Annual administration report of the Civil Veterinary Department of India - 1896-1897
Year: 1896
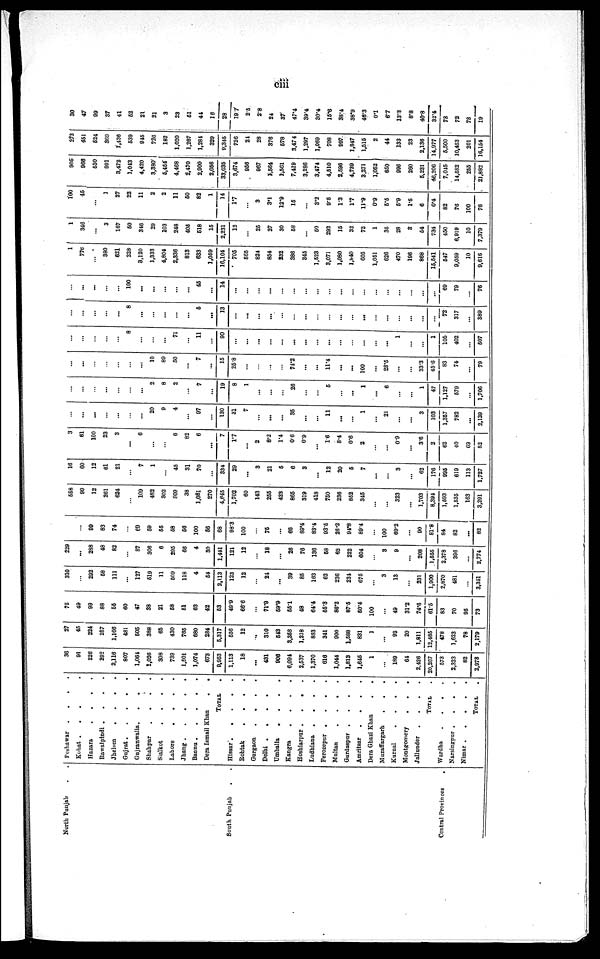
ciii
North Punjab . .
South Punjab . .
Central Provinces .
Peshawar
.
.
.
.
Kohat . . . .
Hazara
.
.
.
.
Rawalpindi . . . .
Jhelum
.
.
.
.
Gujrat
.
.
.
.
Gujranwalla .
.
.
.
Shahpur
.
.
.
.
Sialkot
.
.
.
.
Lahore
.
.
.
.
Jhang
.
.
.
.
Bannu
.
.
.
.
Dera Ismail Khan
.
.
TOTAL .
Hissar
.
.
.
.
.
Rohtak . . . .
Gurgaon
.
.
.
.
Delhi
.
.
.
.
Umballa
.
.
.
.
Kangra
.
.
.
.
Hoshiarpur
.
.
.
.
Ludhiana
.
.
.
.
Ferozepur
.
.
.
.
Multan
.
.
.
.
Gurdaspur
.
.
.
.
Amritsar
.
.
.
.
Dera Gbazi Khan
.
.
Muzaffargarh
.
.
.
Kurnal . . .
Montgomery
.
.
.
Jallunder
.
.
.
.
TOTAL .
Wardha
.
.
.
.
Naraingpur
.
.
.
.
Nimar
.
.
.
.
TOTAL .
36
91
226
292
2,116
807
1,061
1,026
308
739
1,601
1,074
673
9,953
1,113
18
...
431
906
6,094
2,537
1,370
616
1,044
1,813
1,645
1
...
189
64
2,426
20,207
573
2,323
82
2,978
27
45
224
257
1,166
481
505
388
65
430
765
680
284
5,317
556
12
...
310
513
3,358
1,218
833
341
900
1,588
831
1
...
93
20
1,811
12,465
478
1,623
78
2,179
75
49
99
88
55
60
47
38
21
58
51
63
42
53
49.9
66.6
...
71.9
59.9
55.1
48
64.4
55.3
86.2
87.5
60.4
100
...
49
31.2
74.6
61.5
83
70
95
73
310
...
292
58
111
...
127
519
11
509
118
4
64
2,113
123
12
...
21
...
39
85
163
62
236
234
675
...
3
13
...
231
1,900
2,870
481
...
3,351
229
...
298
48
82
...
87
306
6
295
66
4
30
1,441
121
12
...
18
...
26
76
136
58
62
222
604
...
3
9
...
208
1,555
2,378
396
...
2,774
...
...
99
83
74
...
60
59
55
58
56
100
56
68
88.3
100
...
75
...
66
89.4
83.4
93.5
26.2
94.8
89.4
...
100
69.2
...
90
81.8
84
82
...
82
558
99
12
261
624
...
109
482
302
809
38
1,081
270
4,645
1,702
60
143
255
423
865
319
418
750
236
862
345
...
...
323
...
1,703
8,394
1,593
1,535
163
3,291
16
60
12
61
21
...
7
1
...
45
31
70
...
334
29
...
3
21
5
6
3
...
12
20
5
7
...
...
3
...
62
176
995
619
113
1,727
3
61
100
23
3
...
6
...
...
6
82
6
...
7
1.7
...
2
8.2
1.4
0.6
0.9
...
1.6
8.4
0.6
2
...
...
0.9
...
3.6
2
62
40
69
52
...
...
...
...
...
...
...
20
9
4
...
97
...
130
31
7
...
...
...
35
...
...
11
...
...
1
...
21
...
...
3
103
1,357
782
...
2,139
...
...
...
...
...
...
...
2
8
2
...
7
...
19
8
1
...
...
...
26
...
...
5
...
...
1
...
6
...
...
1
47
1,127
579
...
1,706
...
...
...
...
...
...
...
10
89
50
...
7
...
15
25.8
...
...
...
...
74.2
...
...
11.4
...
...
100
...
28.5
...
...
33.3
45.6
83
74
...
79
...
...
...
...
...
8
...
...
...
71
...
11
...
90
...
...
...
...
...
...
...
...
...
...
...
...
...
...
1
...
...
1
105
402
...
507
...
...
...
...
...
8
...
...
...
...
...
5
...
13
...
...
...
...
...
...
...
...
...
...
...
...
...
...
...
...
...
72
317
...
389
...
...
...
...
...
100
...
...
...
...
...
45
...
14
...
...
...
...
...
...
...
...
...
...
...
...
...
...
...
...
...
...
69
79
...
76
1
776
...
380
621
228
3,120
1,333
4,804
2,336
813
633
1,059
16,104
705
865
824
854
232
386
345
1,523
3,071
1,080
l,840
605
1,051
626
470
196
868
15,541
547
9,059
10
9,616
1
346
...
3
167
50
346
29
103
248
405
518
15
2,231
12
...
25
27
30
58
...
60
292
15
32
72
1
35
28
3
54
734
450
6,919
10
7,379
100
45
...
1
27
22
11
2
2
11
60
82
1
14
17
...
3
3.1
12.9
15
...
3.2
9.5
1.3
17
11.9
0.9
5.5
5.9
1.5
6
0.4
82
76
100
76
906
966
530
991
3,472
1,043
4,420
3,380
6,454
4,468
2,470
2,900
2,056
33,035
3,674
956
967
1,564
1,561
7,419
3,286
3,474
4,510
2,596
4,739
3,271
1,052
650
996
260
5,231
46,206
7,045
14,582
255
21,882
273
451
624
869
1,436
539
945
726
182
1,020
1,267
1,281
329
9,345
726
21
28
376
578
3,474
1,297
1,069
708
997
1,847
1,515
2
44
133
23
2,136
14,977
6,500
10,453
201
16,154
30
47
99
87
41
62
21
21
3
23
61
44
16
28
19.7
2.6
2.8
24
37
47.4
39.4
30.4
15.6
38.4
38.9
46.3
0.1
6.7
13.3
8.8
40.8
32.4
78
72
78
19